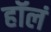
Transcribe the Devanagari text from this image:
हॉलं